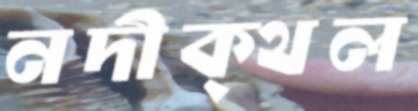
নদীক্থল